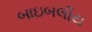
બાઇબલીય